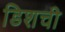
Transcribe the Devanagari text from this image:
डिशची